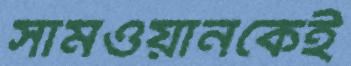
সামওয়ানকেই